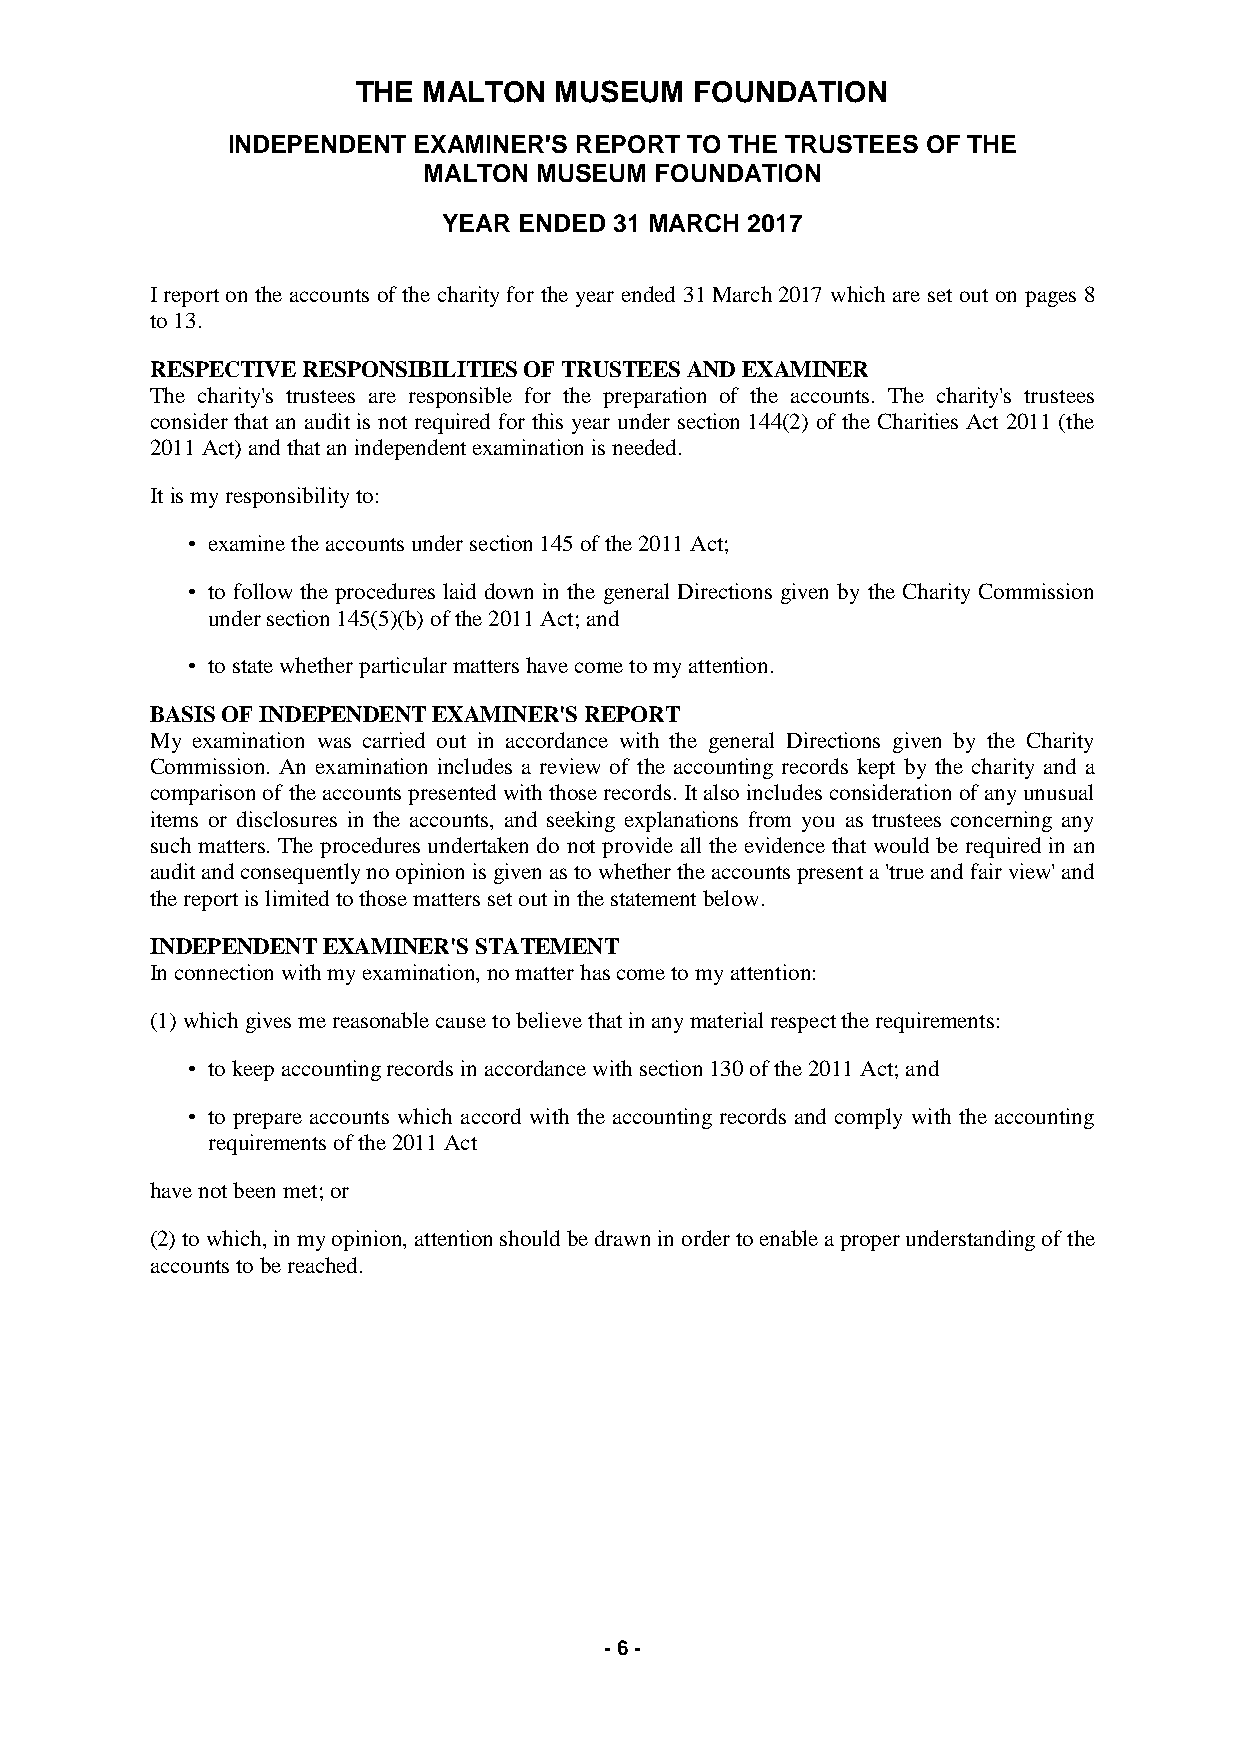
THE MALTON   MUSEUM   FOUNDATION
 INDEPENDENT EXAMINER'S REPORT TO THE TRUSTEES OF THE
 MALTON  MUSEUM FOUNDATION
 YEAR ENDED  31 MARCH 2017
 I report on the accounts of the charity for the year ended 31 March 2017 which are set out on pages 8
 to 13.
 RESPECTIVE RESPONSIBILITIES OF TRUSTEES AND EXAMINER
 The charity's trustees are responsible for the preparation of the accounts. The charity's trustees
 consider that an audit is not required for this year under section 144(2) of the Charities Act 2011 (the
 2011 Act) and that an independent examination is needed.
 It is my responsibility to:
 • examine the accounts under section 145 of the 2011 Act;
 • to follow the procedures laid down in the general Directions given by the Charity Commission
 under section 145(5)(b) of the 2011 Act; and
 • to state whether particular matters have come to my attention.
 BASIS OF INDEPENDENT EXAMINER'S REPORT
 My examination was carried out in accordance with the general Directions given by the Charity
 Commission. An examination includes a review of the accounting records kept by the charity and a
 comparison of the accounts presented with those records. It also includes consideration of any unusual
 items or disclosures in the accounts, and seeking explanations from you as trustees concerning any
 such matters. The procedures undertaken do not provide all the evidence that would be required in an
 audit and consequently no opinion is given as to whether the accounts present a 'true and fair view' and
 the report is limited to those matters set out in the statement below.
 INDEPENDENT EXAMINER'S STATEMENT
 In connection with my examination, no matter has come to my attention:
 (1) which gives me reasonable cause to believe that in any material respect the requirements:
 • to keep accounting records in accordance with section 130 of the 2011 Act; and
 • to prepare accounts which accord with the accounting records and comply with the accounting
 requirements of the 2011 Act
 have not been met; or
 (2) to which, in my opinion, attention should be drawn in order to enable a proper understanding of the
 accounts to be reached.
 - 6 -